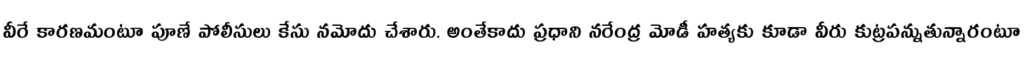
వీరే కారణమంటూ పూణే పోలీసులు కేసు నమోదు చేశారు. అంతేకాదు ప్రధాని నరేంద్ర మోడీ హత్యకు కూడా వీరు కుట్రపన్నుతున్నారంటూ